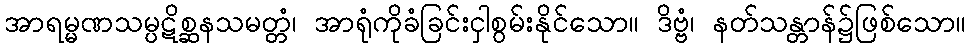
အာရမ္မဏသမ္ပဋိစ္ဆနသမတ္တံ၊ အာရုံကိုခံခြင်းငှါစွမ်းနိုင်သော။ ဒိဗ္ဗံ၊ နတ်သန္တာန်၌ဖြစ်သော။